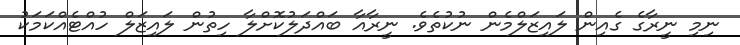
ނިމި ނީރާގެ ގެއިން ލައިޒަލްމެން ނުކުތެވެ. ނީރާއާ ބައްދަލުކޮށްލާ ހިތުން ލައިޒަލް ހުއްޓެއްކަމަކު